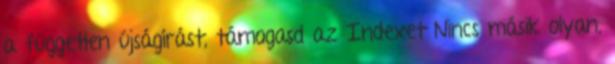
a független újságírást, támogasd az Indexet Nincs másik olyan,